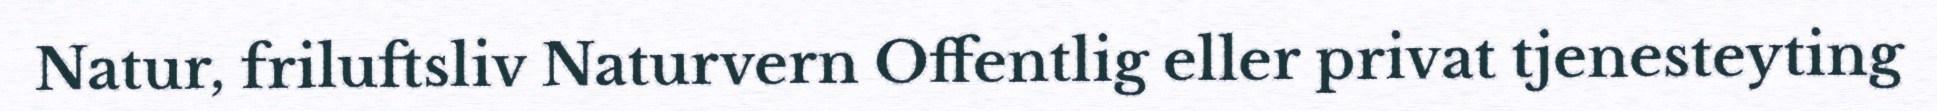
Natur, friluftsliv Naturvern Offentlig eller privat tjenesteyting